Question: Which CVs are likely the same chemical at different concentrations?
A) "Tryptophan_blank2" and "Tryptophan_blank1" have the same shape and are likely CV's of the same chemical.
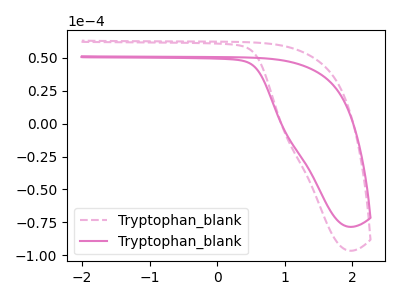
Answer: <think>The pink dashed curve "Tryptophan_blank1" has no peaks. The pink curve "Tryptophan_blank2" has no peaks.
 Neither "Tryptophan_blank1" or "Tryptophan_blank2" have any peaks.</think>
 <answer>A) "Tryptophan_blank2" and "Tryptophan_blank1" have the same shape and are likely CV's of the same chemical.</answer>
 <eval>A</eval>